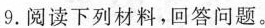
9.阅读下列材料，回答问题。